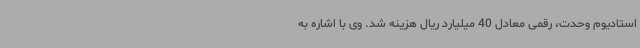
استادیوم وحدت، رقمی معادل 40 میلیارد ریال هزینه شد. وی با اشاره به